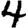
Digit: 4